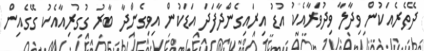
ދޭތެރެއަކުން ވިދާލާ ވިދުވަރާއެކު އުޑު އިރައިގެންދާފަދަ އަޑަކުން އިވިގެންދާ ބާރު ގުގުރިއާއެކު ގޭގެއިން